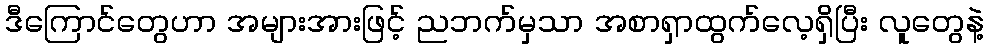
ဒီကြောင်တွေဟာ အများအားဖြင့် ညဘက်မှသာ အစာရှာထွက်လေ့ရှိပြီး လူတွေနဲ့